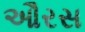
ઔરસ